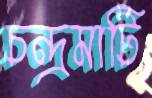
চন্দ্রমাটি